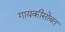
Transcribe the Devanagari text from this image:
गायकीसोबत